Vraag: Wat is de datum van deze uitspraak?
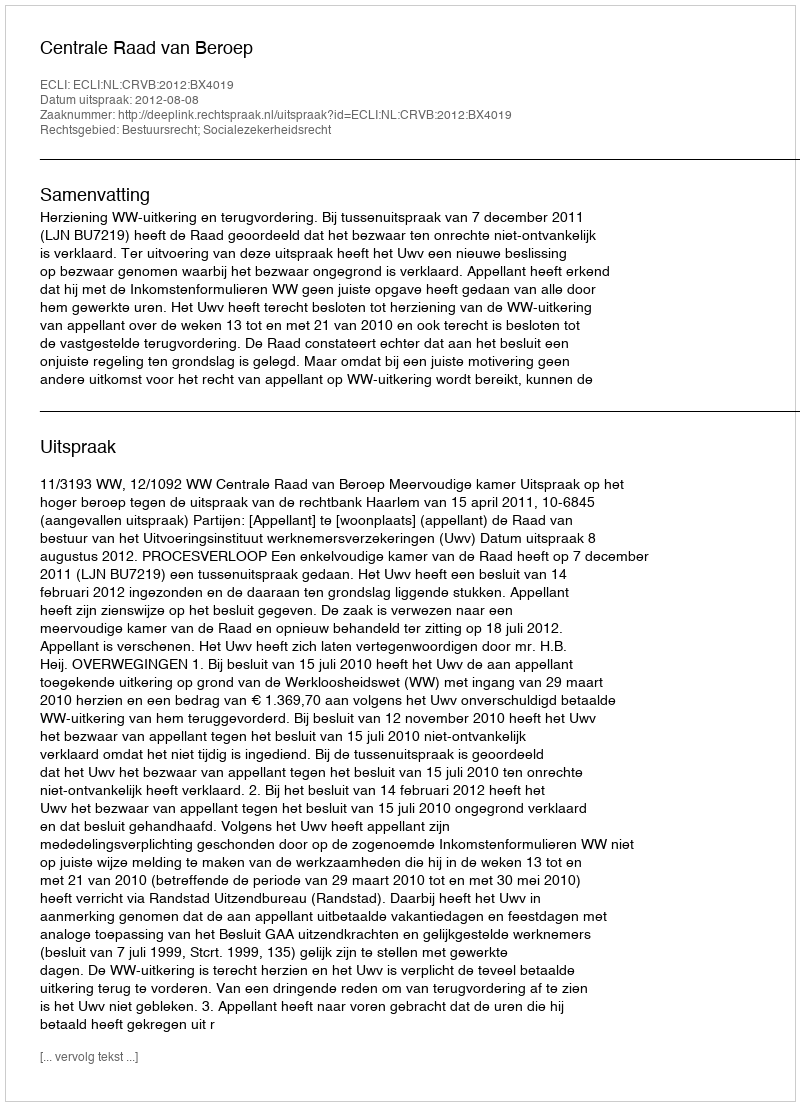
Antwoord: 2012-08-08